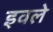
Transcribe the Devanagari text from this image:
इवले